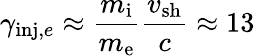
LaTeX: \gamma_{\mathrm{inj},e}\approx\displaystyle\frac{m_{\mathrm{i}}}{m_{\mathrm{e}}}\frac{v_{\mathrm{sh}}}{c}\approx 13